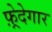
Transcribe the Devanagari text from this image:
फ़्रेदेगार